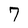
Character: 7